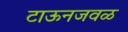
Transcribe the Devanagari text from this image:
टाऊनजवळ